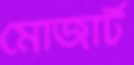
মোজার্ট